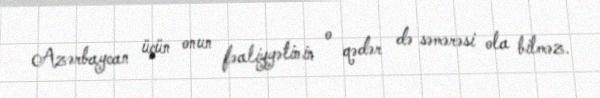
Azərbaycan üçün onun fəaliyyətinin o qədər də səmərəsi ola bilməz.